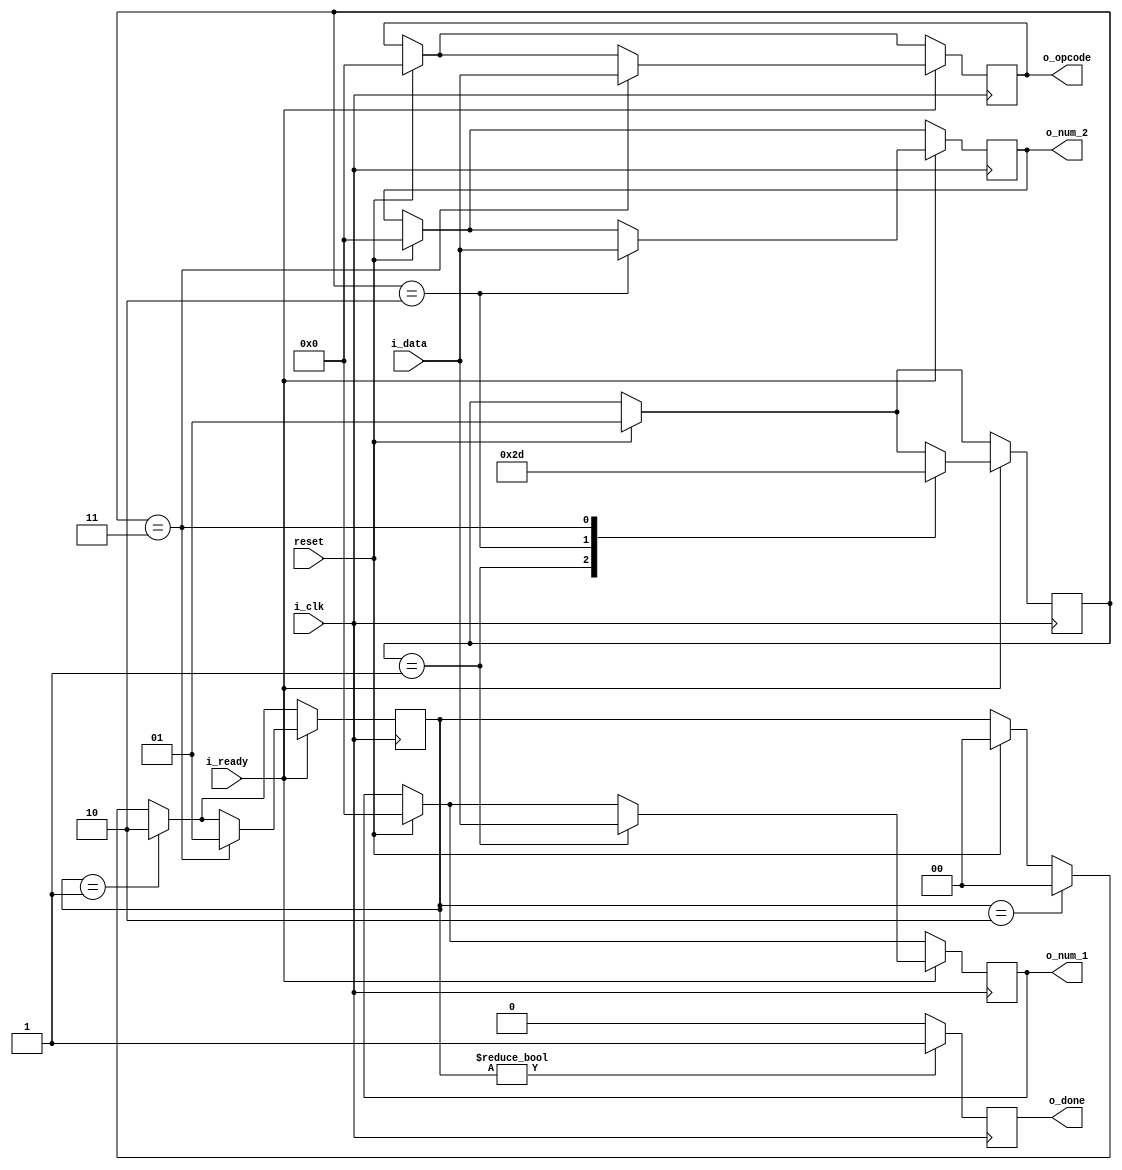
module DEMUX_1_to_3x8
(
   input i_clk,
	input i_ready,
   input [7:0] i_data,
   input reset,

	 
   output reg o_done,
   output reg [7:0] o_num_1,
	output reg [7:0] o_num_2,
   output reg [7:0] o_opcode
);

   reg [1:0] counter = 1;	
	reg [1:0] done = 0;

	
	
	always @(posedge i_clk) begin
	
	
		if (reset == 1) begin 
			o_done <=   0;
			o_num_1 <=  0;
			o_num_2 <=  0;
			o_opcode <= 0;
			counter <=  1;
			done <=     0;
		end
	
		
		if (done == 2) done <= 0;
		if (done == 1) done <= 2;
        
		if (i_ready == 1) begin
			case (counter)
				1: begin
					o_num_1 <= i_data;
					counter <= 2;
				end
				2: begin
					o_num_2 <= i_data;
					counter <= 3;
				end
				3: begin
					counter <= 1;

					o_opcode <= i_data;
					done <= 1;
				end
			endcase
		end
		
		if (done != 0) o_done <= 1;
		else o_done <= 0;
	end
endmodule